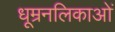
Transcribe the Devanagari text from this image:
धूम्रनलिकाओं